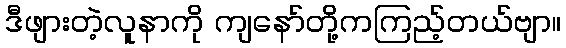
ဒီဖျားတဲ့လူနာကို ကျနော်တို့ကကြည့်တယ်ဗျာ။